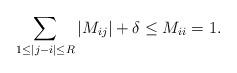
LaTeX: \begin{align*} \sum_{ 1 \leq |j-i| \leq R} |M_{ij}| + \delta \leq M_{ii} = 1.\end{align*}